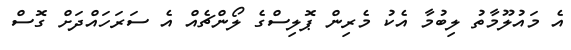
އެ މައުލޫމާތު ލިބުމާ އެކު މެރިން ޕޮލިސްގެ ލޯންޗެއް އެ ސަރަހައްދަށް ގޮސް